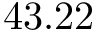
4 3 . 2 2